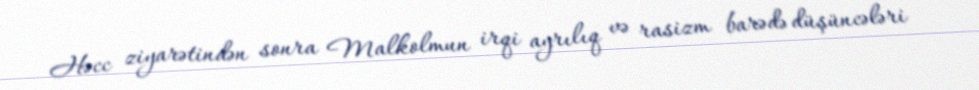
Həcc ziyarətindən sonra Malkolmun irqi ayrılıq və rasizm barədə düşüncələri